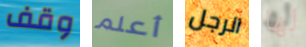
وقف أعلم الرجل لها